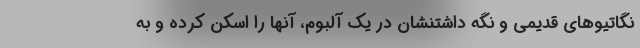
نگاتیوهای قدیمی و نگه داشتنشان در یک آلبوم، آنها را اسکن کرده و به